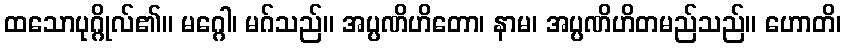
ထသောပုဂ္ဂိုလ်၏။ မဂ္ဂေါ၊ မဂ်သည်။ အပ္ပဏိဟိတော၊ နာမ၊ အပ္ပဏိဟိတမည်သည်။ ဟောတိ၊